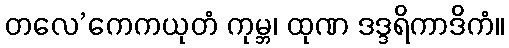
တလေ’ကေကယုတံ ကုမ္ဘ၊ ထုဏ ဒဒ္ဒရိကာဒိကံ။